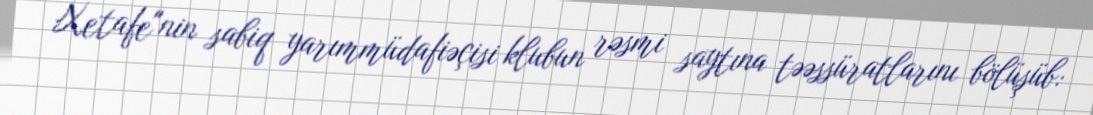
Xetafe"nin sabiq yarımmüdafiəçisi klubun rəsmi saytına təəssüratlarını bölüşüb: